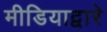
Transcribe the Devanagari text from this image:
मीडियाद्वारे